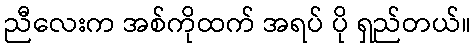
ညီလေးက အစ်ကိုထက် အရပ် ပို ရှည်တယ်။